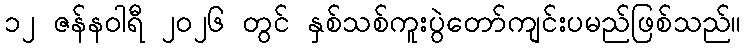
၁၂ ဇန်နဝါရီ ၂၀၂၆ တွင် နှစ်သစ်ကူးပွဲတော်ကျင်းပမည်ဖြစ်သည်။